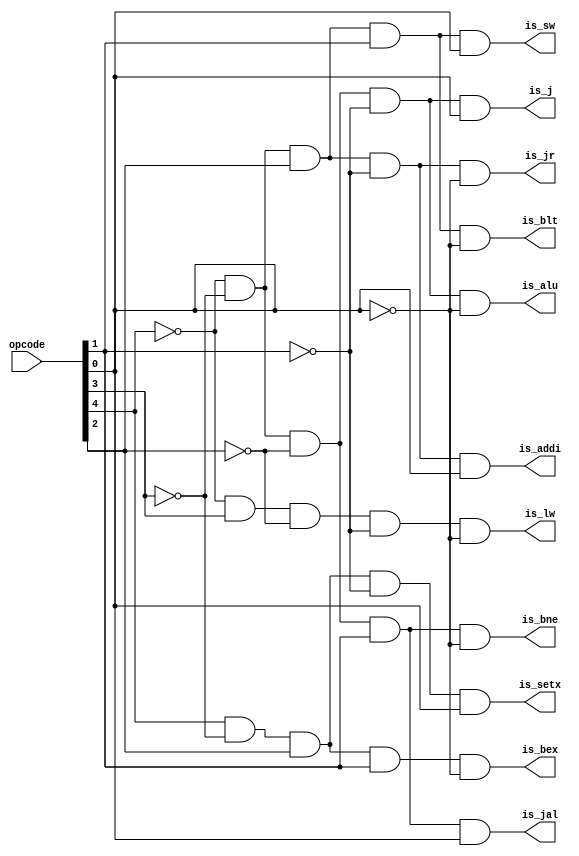
module decode_op_code (is_alu, is_addi, is_sw, is_lw, is_j, is_bne, is_jal, is_jr, is_blt, is_bex, is_setx, opcode);
	
	input [4:0] opcode;

	output is_alu, is_addi, is_sw, is_lw, is_j, is_bne, is_jal, is_jr, is_blt, is_bex, is_setx;
	
	
	assign is_alu  = (~opcode[4]) & (~opcode[3]) & (~opcode[2])    & (~opcode[1]) & (~opcode[0]);    //00000
	assign is_addi = (~opcode[4]) & (~opcode[3]) & opcode[2]    & (~opcode[1]) & opcode[0];    //00101
	assign is_sw   = (~opcode[4]) & (~opcode[3]) & opcode[2]    & opcode[1]    & opcode[0];    //00111
	assign is_lw   = (~opcode[4]) & opcode[3]    & (~opcode[2]) & (~opcode[1]) & (~opcode[0]); //01000
	assign is_j  = (~opcode[4]) & (~opcode[3]) & (~opcode[2])    & (~opcode[1]) & opcode[0];    //00001
	assign is_bne = (~opcode[4]) & (~opcode[3])  & (~opcode[2]) & opcode[1] & (~opcode[0]);	//00010
	assign is_jal = (~opcode[4]) & (~opcode[3])  & (~opcode[2]) & opcode[1] &  opcode[0];	//00011
	assign is_jr = (~opcode[4]) & (~opcode[3])  & (opcode[2]) & ~opcode[1] & (~opcode[0]);	//00100
	assign is_blt = (~opcode[4]) & (~opcode[3])  & (opcode[2]) & opcode[1] & (~opcode[0]);	//00110
	assign is_bex = (opcode[4]) & (~opcode[3])  & (opcode[2]) & opcode[1] & (~opcode[0]);	//10110
	assign is_setx = (opcode[4]) & (~opcode[3])  & (opcode[2]) & ~opcode[1] & (opcode[0]);	//10101

	
endmodule